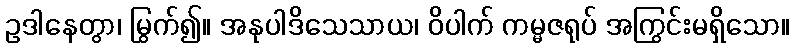
ဥဒါနေတွာ၊ မြွက်၍။ အနုပါဒိသေသာယ၊ ဝိပါက် ကမ္မဇရုပ် အကြွင်းမရှိသော။